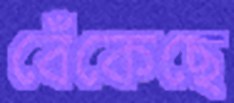
বেঁকেছে